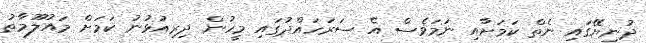
ދުނިޔޭގައި ނެތް ކަމަށާއި ނަމަވެސް އެ ސަރަހައްދުގައި މީހުން ދިރިއުޅުނު ކަމަށް މައުލޫމާތު